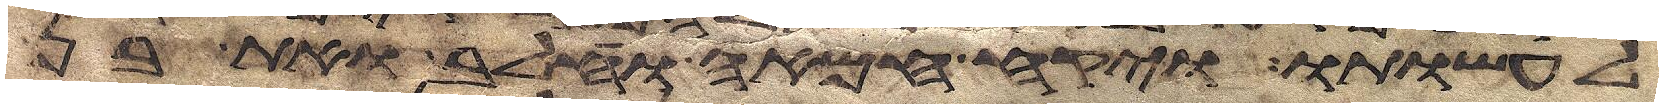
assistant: לעשותו ויקח חמאה וחלב ואת בן